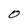
Character: O